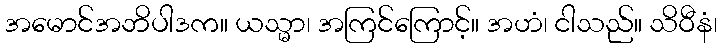
အမောင်အဘိပါဒက။ ယသ္မာ၊ အကြင်ကြောင့်။ အဟံ၊ ငါသည်။ သိဝီနံ၊